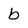
Character: b